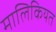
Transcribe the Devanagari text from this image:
मालिकियत